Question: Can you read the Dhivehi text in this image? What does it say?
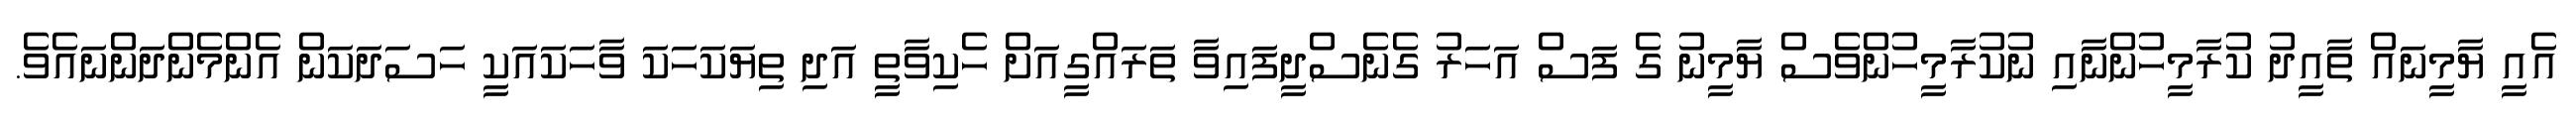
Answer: އެއީ ޔާމީނައް ތާއީދު ކުރާމީހުންނާއި ނުކުރާމީހުންވެސް ޔާމީނު ގެ ފަސް އަހަރު ގެނެސްދީފައިވާ ތަރައްގީއަށް ހެކިވާތީ އަދި ތިޔަކަހަކަ ވާހަކައަކީ ހަސަދަކަން އެންމެންދަންނައެވެ.